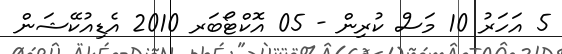
5 އަހަރު 10 މަސް ކުރިން - 05 އޮކްޓޯބަރ 2010 އެޑިއުކޭޝަން